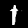
Digit: 1